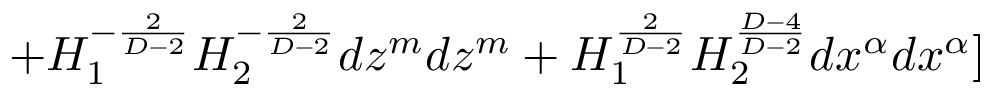
+ H _ { 1 } ^ { - \frac { 2 } { D - 2 } } H _ { 2 } ^ { - \frac { 2 } { D - 2 } } d z ^ { m } d z ^ { m } + H _ { 1 } ^ { \frac { 2 } { D - 2 } } H _ { 2 } ^ { \frac { D - 4 } { D - 2 } } d x ^ { \alpha } d x ^ { \alpha } ]